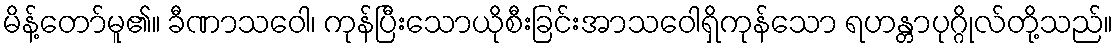
မိန့်တော်မူ၏။ ခီဏာသဝေါ၊ ကုန်ပြီးသောယိုစီးခြင်းအာသဝေါရှိကုန်သော ရဟန္တာပုဂ္ဂိုလ်တို့သည်။